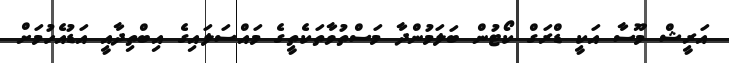
އަރީޝް މޫސާ އަކީ ޑްރަގް ކޯޓުން ބަލަމުންދާ މަސްތުވާތަކެތީގެ މައްސަލައިގެ އިބްތިދާއީ އަޑުއެހުމަށް